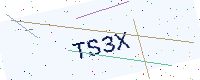
Text: TS3X